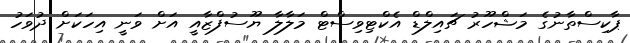
ޕާކިސްތާނުގެ މަޝްހޫރު ޗައިލްޑް އެކްޓިވިސްޓް މަލާލާ ޔޫސުފްޒާއީ އަށް ވަނީ އިހަކަށް ދުވަހު